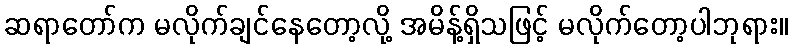
ဆရာတော်က မလိုက်ချင်နေတော့လို့ အမိန့်ရှိသဖြင့် မလိုက်တော့ပါဘုရား။